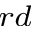
^ { r d }